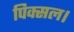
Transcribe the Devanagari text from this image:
पिक्सल।